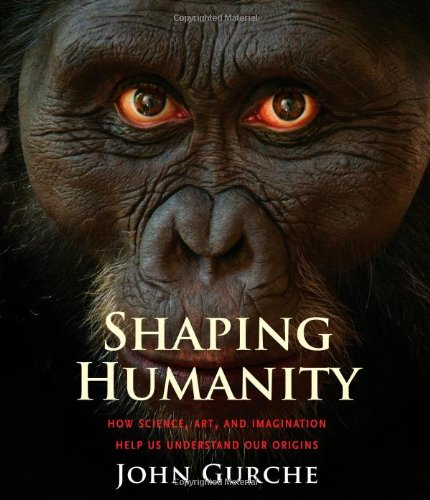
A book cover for Shaping Humanity: How Science, Art, and Imagination Help Us Understand Our Origins; John Gurche; Arts & Photography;